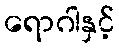
ရောဂါနှင့်